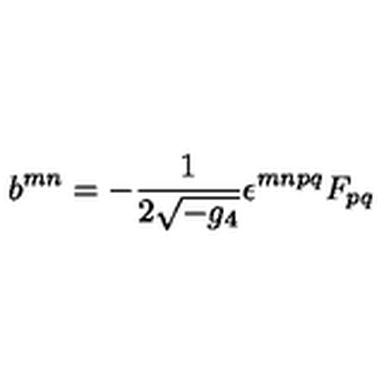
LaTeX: b ^ { m n } = - \frac { 1 } { 2 \sqrt { - g _ { 4 } } } \epsilon ^ { m n p q } F _ { p q }